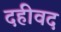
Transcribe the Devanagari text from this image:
दहीवद